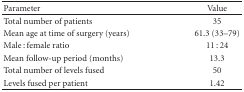
| Parameter | Value |
 | --- | --- |
 | Total number of patients | 35 |
 | Mean age at time of surgery (years) | 61.3 (33–79) |
 | Male : female ratio | 11 : 24 |
 | Mean follow-up period (months) | 13.3 |
 | Total number of levels fused | 50 |
 | Levels fused per patient | 1.42 |